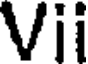
Vii